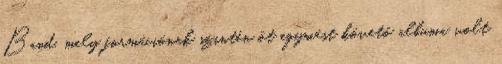
Band, mely formációnak szintén öt egymást követő albuma volt